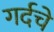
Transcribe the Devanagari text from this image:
गर्दचे